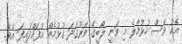
އެކު ވެސް ހުޅުމާލެ މި ވަނީ ލޯބީގެ ވަރުގަދަ ގުޅުމެއް އުފައްދައިފަ އެވެ.